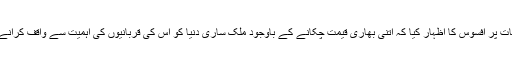
انہوں نے اس بات پر افسوس کا اظہار کیا کہ اتنی بھاری قیمت چکانے کے باوجود ملک ساری دنیا کو اس کی قربانیوں کی اہمیت سے واقف کرانے میں ناکام رہا۔